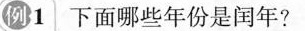
例1 下面哪些年份是闰年?